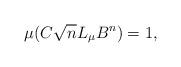
LaTeX: \begin{align*} \mu( C \sqrt{n} L_{\mu} B^n ) = 1, \end{align*}